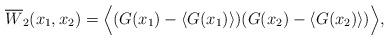
LaTeX: \begin{align*} \overline{W}_2(x_1, x_2) = \Big \langle ( G(x_1) - \langle G(x_1) \rangle ) ( G(x_2) - \langle G(x_2) \rangle ) \Big \rangle, \end{align*}